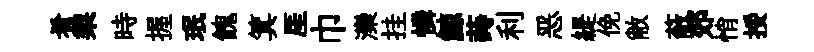
肴棃時握珉餽箕厓巾灤挂憐鯨蒔利恶緹俛敝蔽郊悄挼